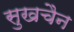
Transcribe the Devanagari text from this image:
सुखचैन